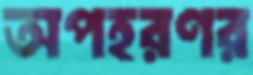
অপহরণর